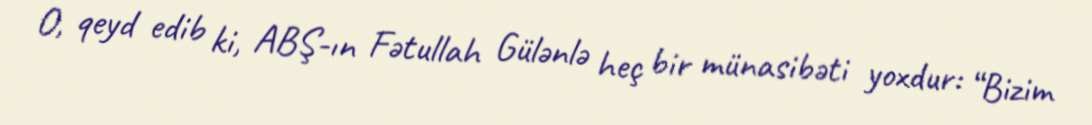
O, qeyd edib ki, ABŞ-ın Fətullah Gülənlə heç bir münasibəti yoxdur: “Bizim